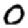
Digit: 0